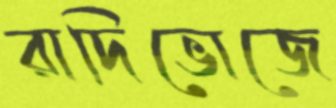
রাদিভোজে